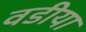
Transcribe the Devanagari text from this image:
वडीया